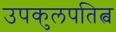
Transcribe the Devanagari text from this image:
उपकुलपतित्व